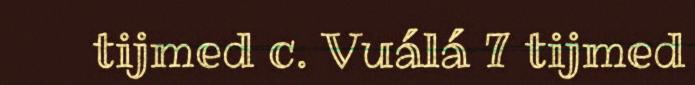
tijmed c. Vuálá 7 tijmed